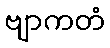
ဗျာကတံ